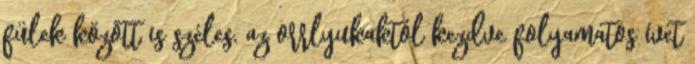
fülek között is széles, az orrlyukaktól kezdve folyamatos ívet